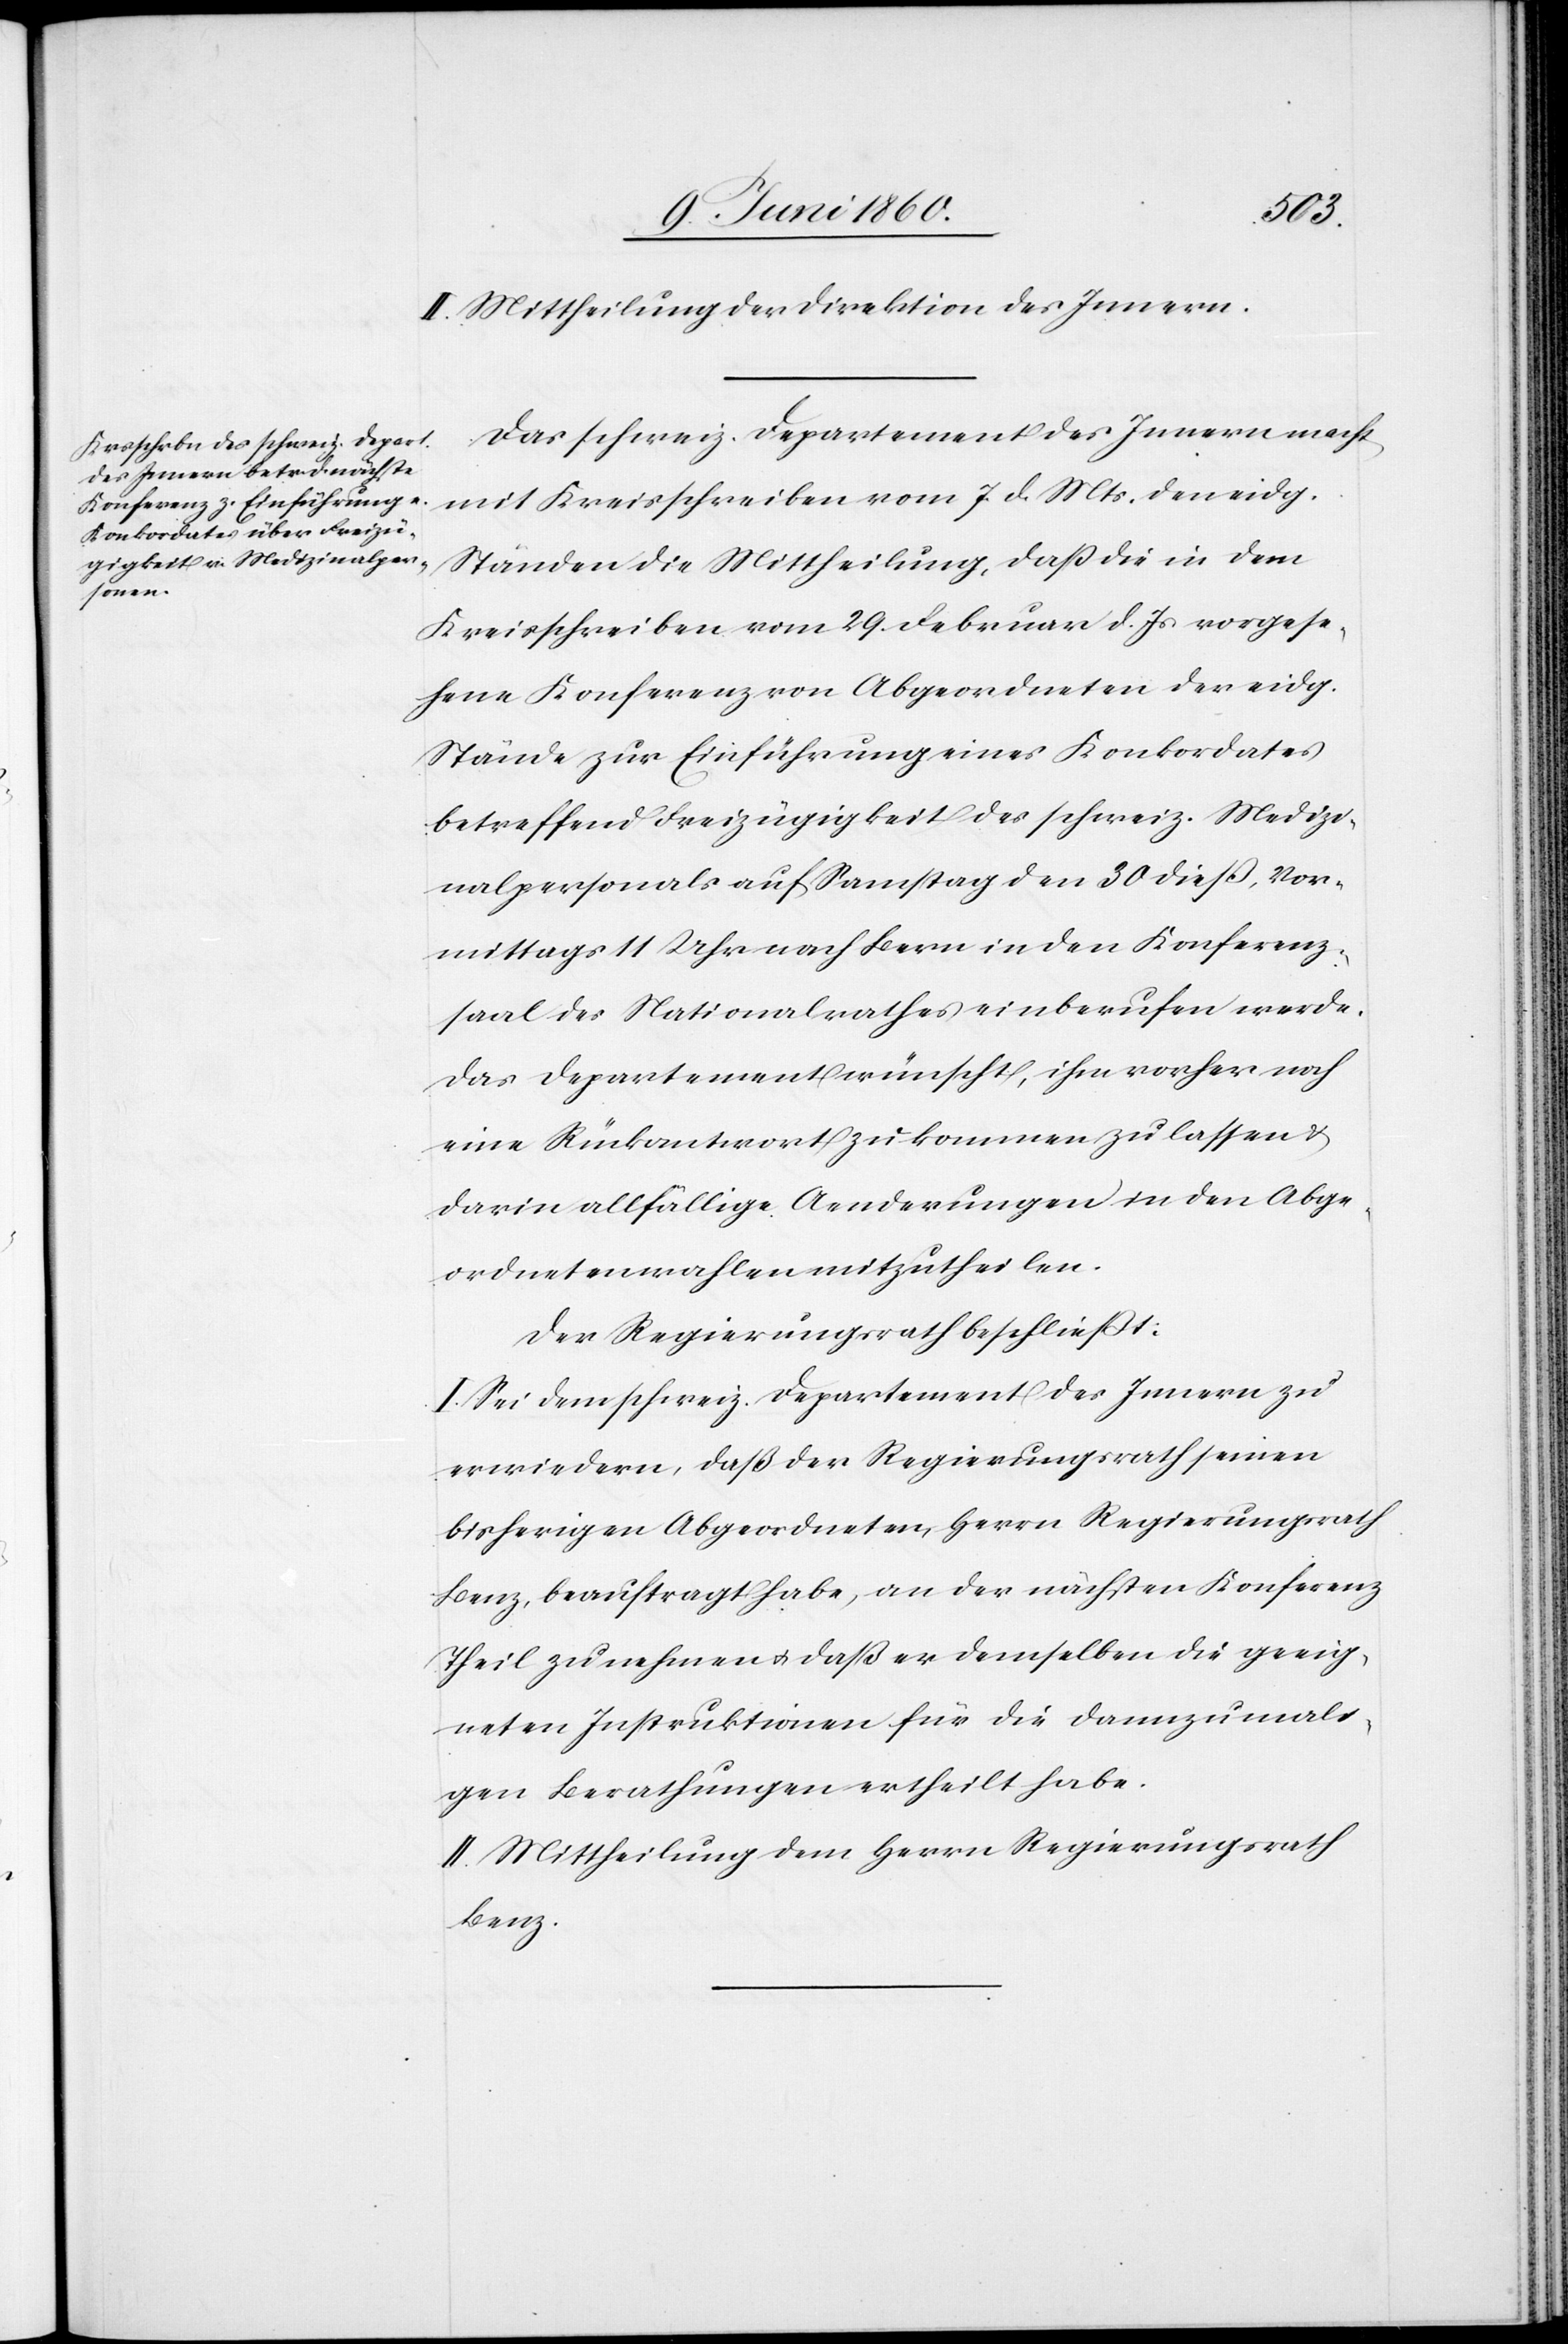
II. Mittheilung der Direktion des Innern.
Das schweiz. Departement des Innern macht
mit Kreisschreiben vom 7. d. Mts. den eidg.
Ständen die Mittheilung, dass die in dem
Kreisschreiben vom 29. Februar d. Js. vorgese¬
hene Konferenz von Abgeordneten der eidg.
Stände zur Einführung eines Konkordates
betreffend Freizügigkeit des schweiz. Medizi¬
nalpersonals auf Samstag den 30 diess, Vor¬
mittags 11 Uhr nach Bern in den Konferenz¬
saal des Nationalrathes einberufen werde.
Das Departement wünscht, ihm vorher noch
eine Rückantwort zukommen zu lassen u.
darin allfällige Aenderungen in den Abge¬
ordnetenwahlen mitzutheilen.
Der Regierungsrath beschliesst:
I. Sei dem schweiz. Departement des Innern zu
erwiedern, daß der Regierungsrath seinen
bisherigen Abgeordneten, Herrn Regierungsrath
Benz, beauftragt habe, an der nächsten Konferenz
Theil zu nehmen u. daß er demselben die geeig¬
neten Instruktionen für die dannzumali¬
gen Berathungen ertheilt habe.
II. Mittheilung dem Herrn Regierungsrath
Benz.